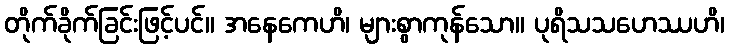
တိုက်ခိုက်ခြင်းဖြင့်ပင်။ အနေကေဟိ၊ များစွာကုန်သော။ ပုရိသသဟေဿဟိ၊